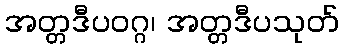
အတ္တဒီပဝဂ္ဂ၊ အတ္တဒီပသုတ်